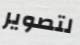
لتصوير